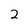
Character: 2